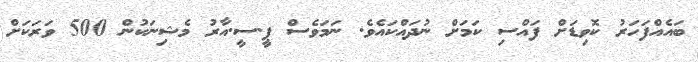
ބައެއްފަހަރު ކޮވިޑަށް ފައްސި ކަމަށް ނުދައްކައެވެ. ނަމަވެސް ޕީ.ސީ.އާރު މެޝިނަކުން 500 ވަރަކަށް